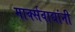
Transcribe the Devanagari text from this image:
मार्क्‍सवाद्यांनी